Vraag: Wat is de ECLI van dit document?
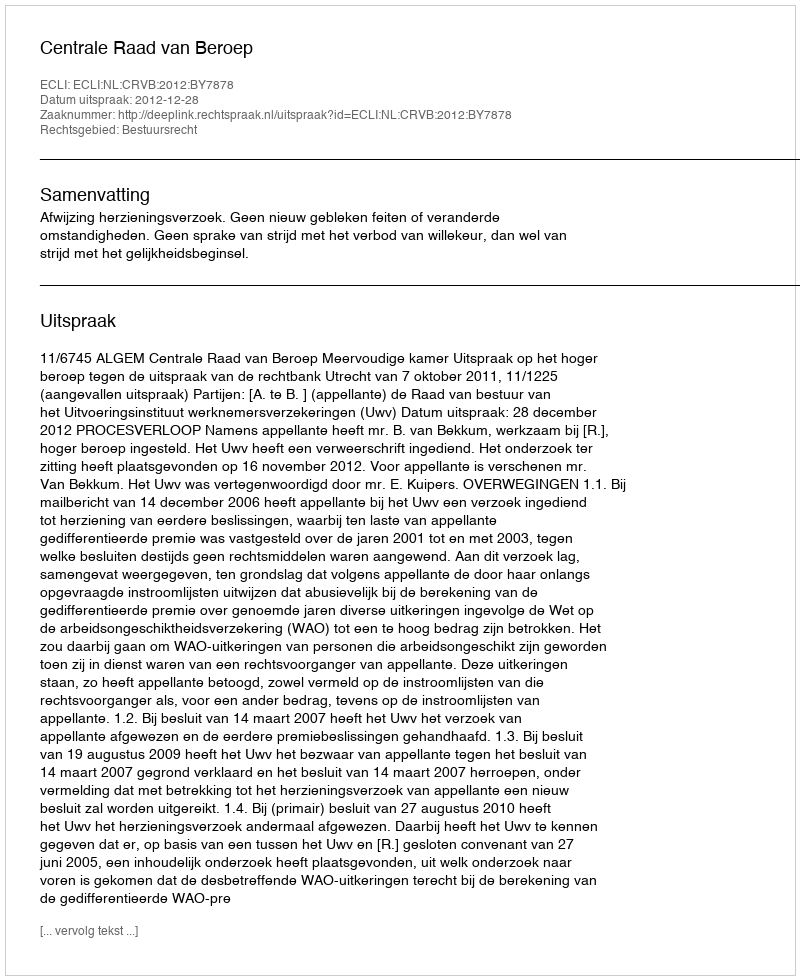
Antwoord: ECLI:NL:CRVB:2012:BY7878